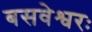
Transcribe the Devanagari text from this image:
बसवेश्वरः